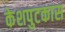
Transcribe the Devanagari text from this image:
केशपुटकास